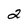
Character: 2